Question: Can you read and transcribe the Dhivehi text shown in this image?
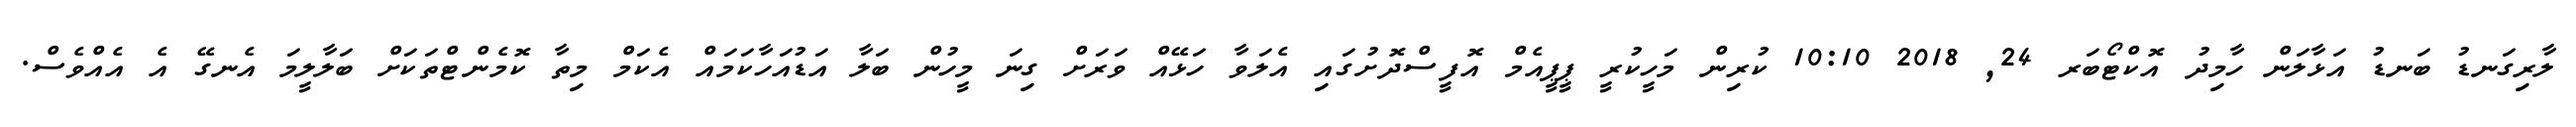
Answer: ލާރިގަނޑު ބަނޑު އަޅާލަން ހާމިދު އޮކްޓޯބަރ 24, 2018 10:10 ކުރިން މަހީކުރީ ޕީޕީއެމް އޮފީސްދޮށުގައި އެލަވާ ހަޅޭއް ވަރަށް ގިނަ މީހުން ބަލާ އަޑުއަހާކަމައް އެކަމް މިތާ ކޮމެންޓްތަކަށް ބަލާލީމަ އެނގޭ އެ އެއްވެސް.